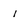
Character: 1